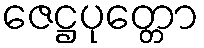
ဇေဋ္ဌပုတ္တော